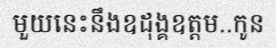
មួយនេះនឹងឧដុង្គឧត្តម..កូន